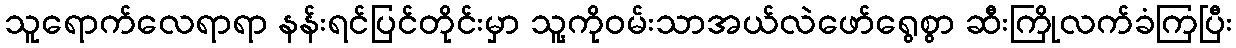
သူရောက်လေရာရာ နန်းရင်ပြင်တိုင်းမှာ သူ့ကိုဝမ်းသာအယ်လဲဖော်ရွေစွာ ဆီးကြိုလက်ခံကြပြီး